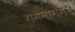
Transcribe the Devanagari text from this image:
गमनागम